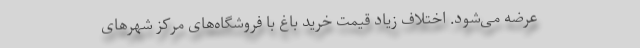
عرضه می‌شود. اختلاف زیاد قیمت خرید باغ با فروشگاه‌های مرکز شهرهای